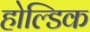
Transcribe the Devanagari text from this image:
होल्डिक